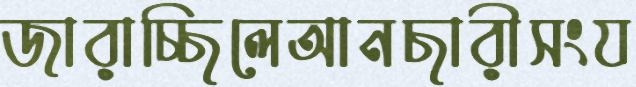
জারাচ্ছিলেআনছারীসংয